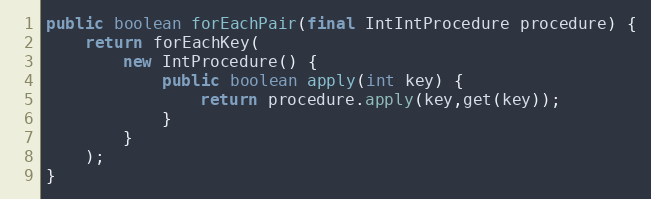
Language: Java
public boolean forEachPair(final IntIntProcedure procedure) {
	return forEachKey(
		new IntProcedure() {
			public boolean apply(int key) {
				return procedure.apply(key,get(key));
			}
		}
	);
}